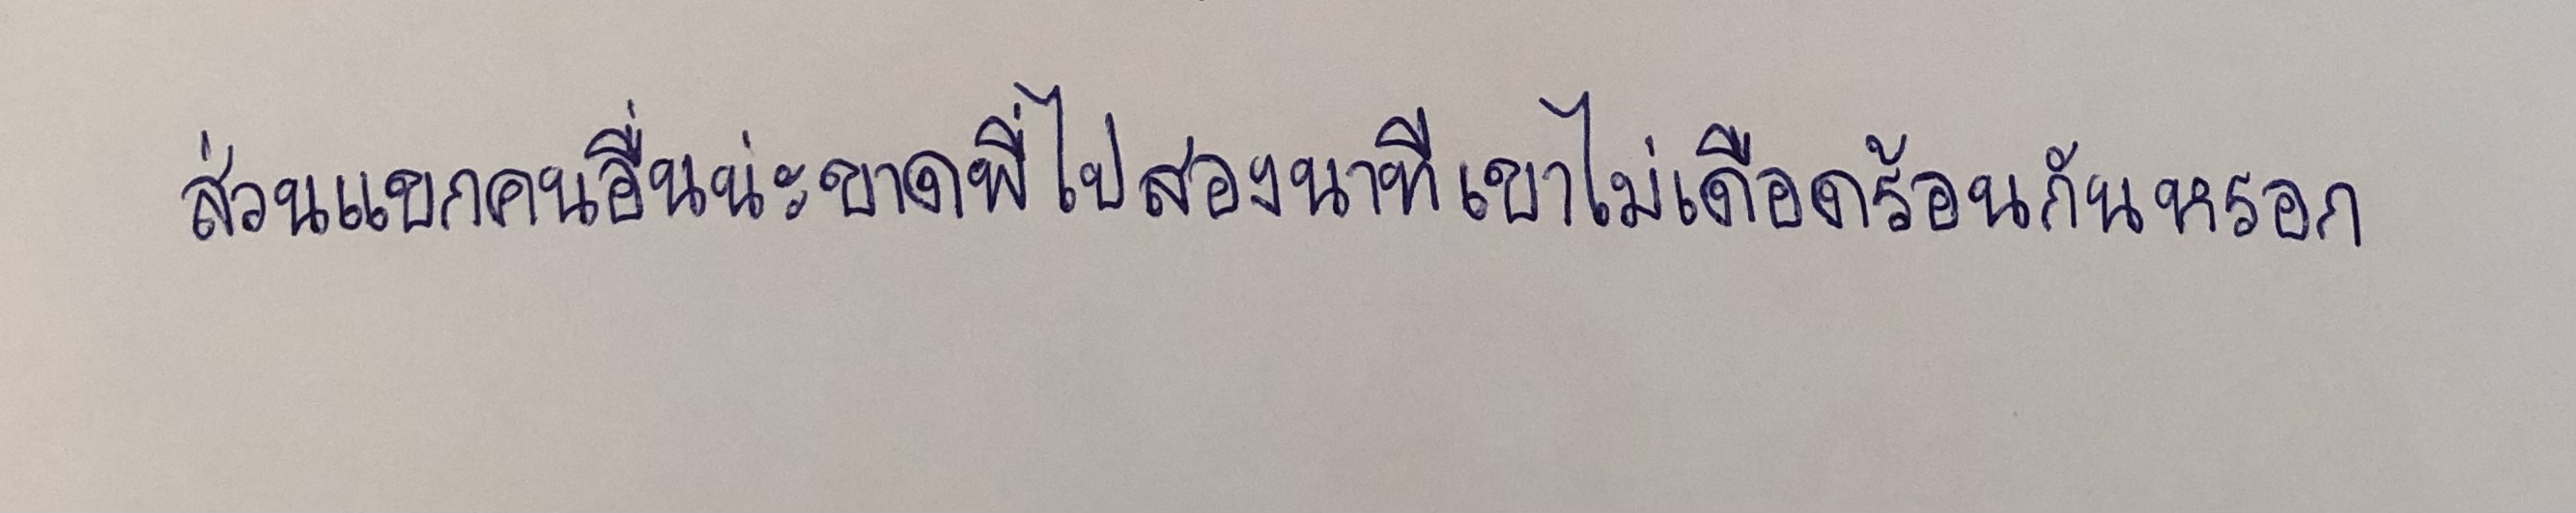
ส่วนแขกคนอื่นน่ะขาดพี่ไปสองนาทีเขาไม่เดือดร้อนกันหรอก